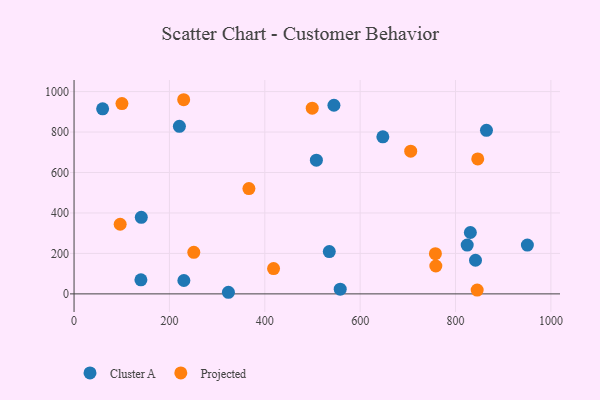
{"axis": {"x": "Experience", "y": "Yield"}, "legend": ["Cluster A", "Projected"], "data": [{"x": "230.3", "y": 66.3, "type": "Cluster A"}, {"x": "141.0", "y": 378.5, "type": "Cluster A"}, {"x": "508.2", "y": 661.1, "type": "Cluster A"}, {"x": "864.9", "y": 808.6, "type": "Cluster A"}, {"x": "323.7", "y": 8.0, "type": "Cluster A"}, {"x": "647.6", "y": 776.2, "type": "Cluster A"}, {"x": "545.0", "y": 932.6, "type": "Cluster A"}, {"x": "824.5", "y": 241.2, "type": "Cluster A"}, {"x": "140.2", "y": 69.5, "type": "Cluster A"}, {"x": "841.9", "y": 166.2, "type": "Cluster A"}, {"x": "950.7", "y": 241.3, "type": "Cluster A"}, {"x": "831.1", "y": 303.4, "type": "Cluster A"}, {"x": "220.9", "y": 828.4, "type": "Cluster A"}, {"x": "558.2", "y": 23.1, "type": "Cluster A"}, {"x": "535.3", "y": 209.3, "type": "Cluster A"}, {"x": "59.9", "y": 914.6, "type": "Cluster A"}, {"x": "100.4", "y": 940.6, "type": "Projected"}, {"x": "757.8", "y": 198.6, "type": "Projected"}, {"x": "96.7", "y": 344.3, "type": "Projected"}, {"x": "499.5", "y": 917.8, "type": "Projected"}, {"x": "706.0", "y": 705.7, "type": "Projected"}, {"x": "846.6", "y": 667.2, "type": "Projected"}, {"x": "758.7", "y": 138.0, "type": "Projected"}, {"x": "366.7", "y": 520.8, "type": "Projected"}, {"x": "229.9", "y": 959.8, "type": "Projected"}, {"x": "418.4", "y": 125.1, "type": "Projected"}, {"x": "845.4", "y": 18.7, "type": "Projected"}, {"x": "251.1", "y": 205.6, "type": "Projected"}]}